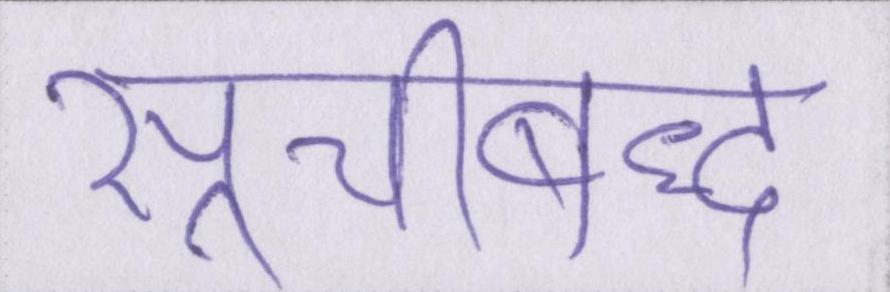
सूचीबद्ध